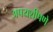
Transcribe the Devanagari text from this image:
अपयशीपणे